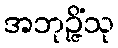
အဘုဉ္ဇိံသု